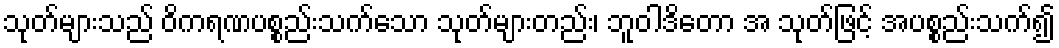
သုတ်များသည် ဝိကရဏပစ္စည်းသက်သော သုတ်များတည်း၊ ဘူဝါဒိတော အ သုတ်ဖြင့် အပစ္စည်းသက်၍